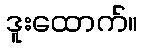
ဒူးထောက်။